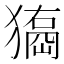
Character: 𤢃